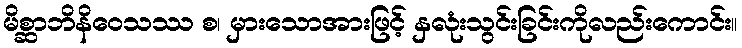
မိစ္ဆာဘိနိဝေသဿ စ၊ မှားသောအားဖြင့် နှလုံးသွင်းခြင်းကိုလည်းကောင်း။